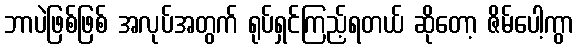
ဘာပဲဖြစ်ဖြစ် အလုပ်အတွက် ရုပ်ရှင်ကြည့်ရတယ် ဆိုတော့ ဇိမ်ပေါ့ကွာ